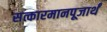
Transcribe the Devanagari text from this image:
सत्कारमानपूजार्थं